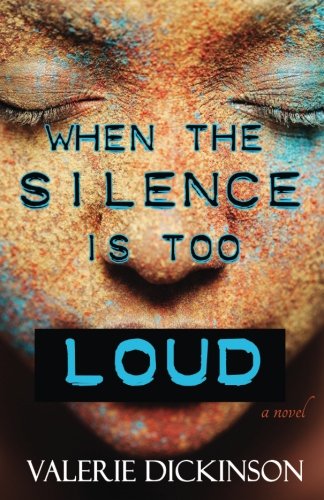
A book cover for When The Silence Is Too Loud; Valerie Dickinson; Literature & Fiction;